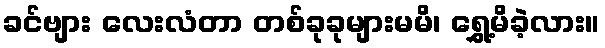
ခင်ဗျား လေးလံတာ တစ်ခုခုများမမိ၊ ရွှေ့မိခဲ့လား။